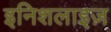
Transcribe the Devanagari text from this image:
इनिशलाइज़